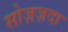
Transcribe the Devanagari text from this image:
सोज़ज़दा